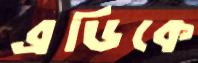
ব্রডিকে